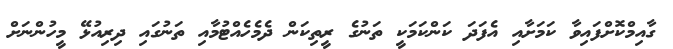
ގާއިމްކޮށްފައިވާ ކަމަށާއި އެފަދަ ކަންކަމަކީ ތަނުގެ ރީތިކަން ދެމެހެއްޓުމާއި ތަނުގައި ދިރިއުޅޭ މީހުންނަށް